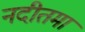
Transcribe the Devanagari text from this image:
नदीतमा